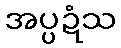
အပ္ပဍံသ